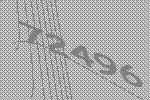
72496